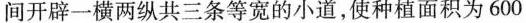
间开辟一横两纵共三条等宽的小道，使种植面积为600